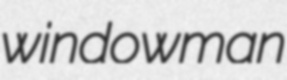
windowman